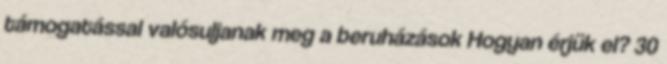
támogatással valósuljanak meg a beruházások Hogyan érjük el? 30